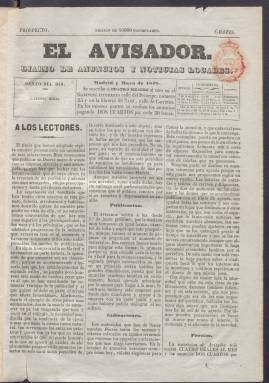
Título: El Avisador (Madrid)
Colección: Periódicos anteriores a 1850
Ámbito geográfico: Madrid
Lugar de publicación: Madrid
Fechas: 01/01/1842-31/12/1843